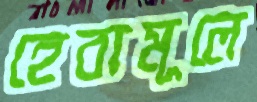
হেবামূলে